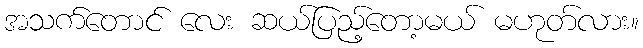
အသက်တောင် လေး ဆယ်ပြည့်တော့မယ် မဟုတ်လား။